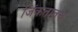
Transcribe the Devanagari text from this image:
जिंकतातच